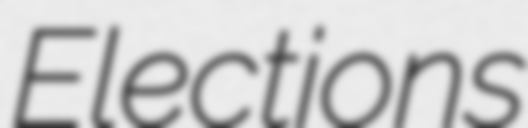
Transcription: Elections